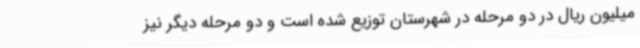
میلیون ریال در دو مرحله در شهرستان توزیع شده است و دو مرحله دیگر نیز